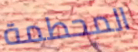
المحطمة